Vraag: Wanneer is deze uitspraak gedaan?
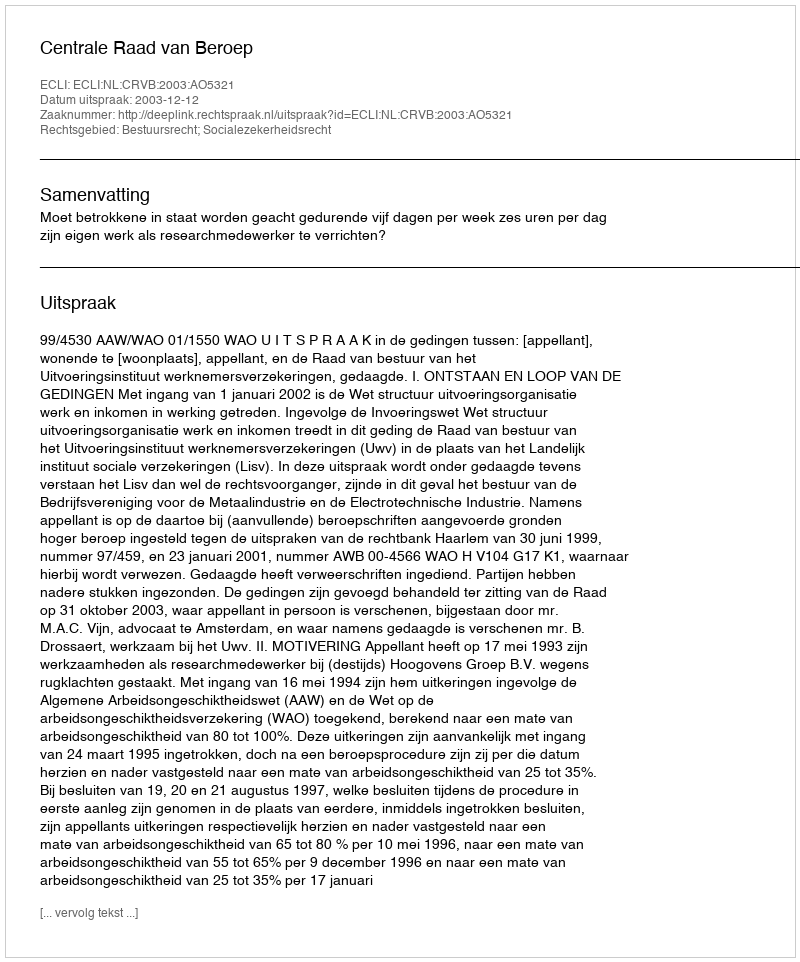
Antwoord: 2003-12-12